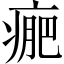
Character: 𤷂